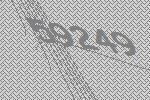
59249